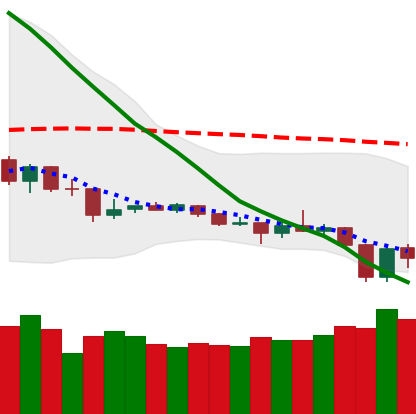
Ticker: TRX-USD
Chart end date: 2019-12-19
Forward return: 4.244%
Label: up_3_5